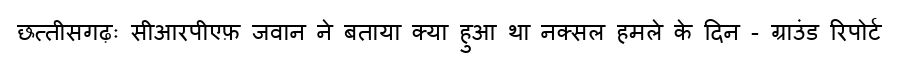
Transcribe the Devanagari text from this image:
छत्तीसगढ़ः सीआरपीएफ़ जवान ने बताया क्या हुआ था नक्सल हमले के दिन - ग्राउंड रिपोर्ट